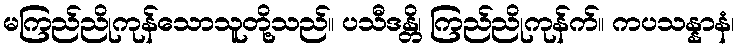
မကြည်ညိုကုန်သောသူတို့သည်။ ပသီဒန္တိ၊ ကြည်ညိုကုန်က်။ ကပသန္နာနံ၊